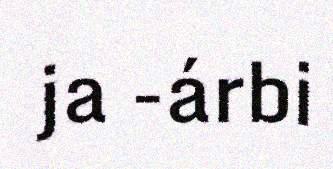
ja -árbi